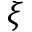
\xi